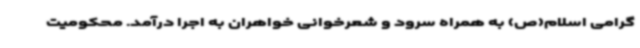
گرامی اسلام(ص) به همراه سرود و شعرخوانی خواهران به اجرا درآمد. محکومیت